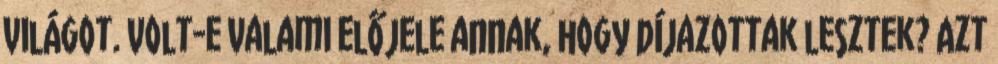
világot. Volt-e valami előjele annak, hogy díjazottak lesztek? Azt